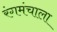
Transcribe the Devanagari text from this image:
रंगमंचाला